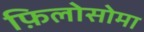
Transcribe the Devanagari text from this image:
फ़िलोसोमा